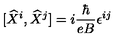
\lbrack \widehat { X } ^ { i } , \widehat { X } ^ { j } ] = i \frac { \hbar } { e B } \epsilon ^ { i j }